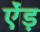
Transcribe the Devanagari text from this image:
ऐंड़